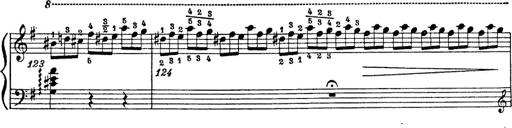
Title: 6 Polish Songs
Composer: Franz Liszt